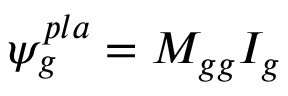
\psi _ { g } ^ { p l a } = M _ { g g } I _ { g }